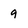
Character: 9